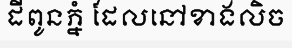
ដីពូនភ្នំ ដែលនៅខាងលិច